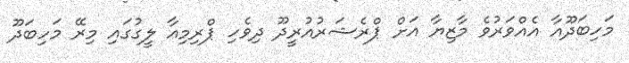
މަހިބަދޫއާ އެއްވަރުވެ މާޒިޔާ އަށް ޕްރެޝަރުއުރީދޫ ދިވެހި ޕްރިމިއާ ލީގުގައި މިރޭ މަހިބަދޫ